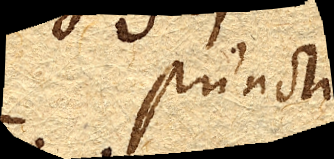
puncti